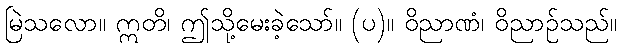
မြဲသလော။ ဣတိ၊ ဤသို့မေးခဲ့သော်။ (ပ)။ ဝိညာဏံ၊ ဝိညာဉ်သည်။